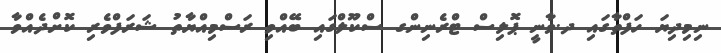
ނިމިދިޔަ ހަފްތާގައި ދ.ވާނީ ޕޮލިސް ޓްރެނިންގ ސްކޫލްގައި ބޭއްވި ރަސްމިއްޔާތު ޝަރަފްވެރި ކޮށްދެއްވާ